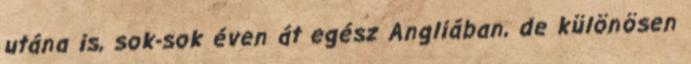
utána is, sok-sok éven át egész Angliában, de különösen